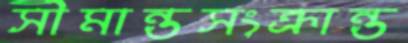
সীমান্তসংক্রান্ত